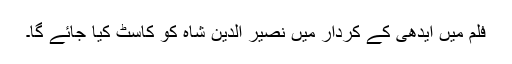
فلم میں ایدھی کے کردار میں نصیر الدین شاہ کو کاسٹ کیا جائے گا۔